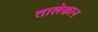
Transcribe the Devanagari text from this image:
तालेक़ान